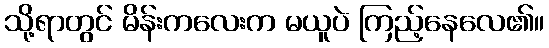
သို့ရာတွင် မိန်းကလေးက မယူပဲ ကြည့်နေလေ၏။